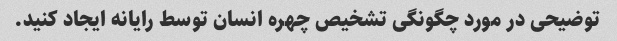
توضیحی در مورد چگونگی تشخیص چهره انسان توسط رایانه ایجاد کنید.